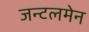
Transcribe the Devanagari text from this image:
जन्टलमेन